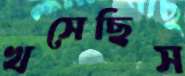
খসেছিস